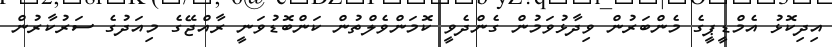
އިދިކޮޅު އެމްޑީޕީގެ މެންބަރުން ވިދާޅުވަމުން ގެންދެވީ ކޮމަންވެލްތުން ކަންބޮޑުވަނީ ރާއްޖޭގެ މިއަދުގެ ސަރުކާރުން